Annual report of the Punjab Veterinary College and of the Civil Veterinary Department, Punjab - 1920-1925
Year: 1920
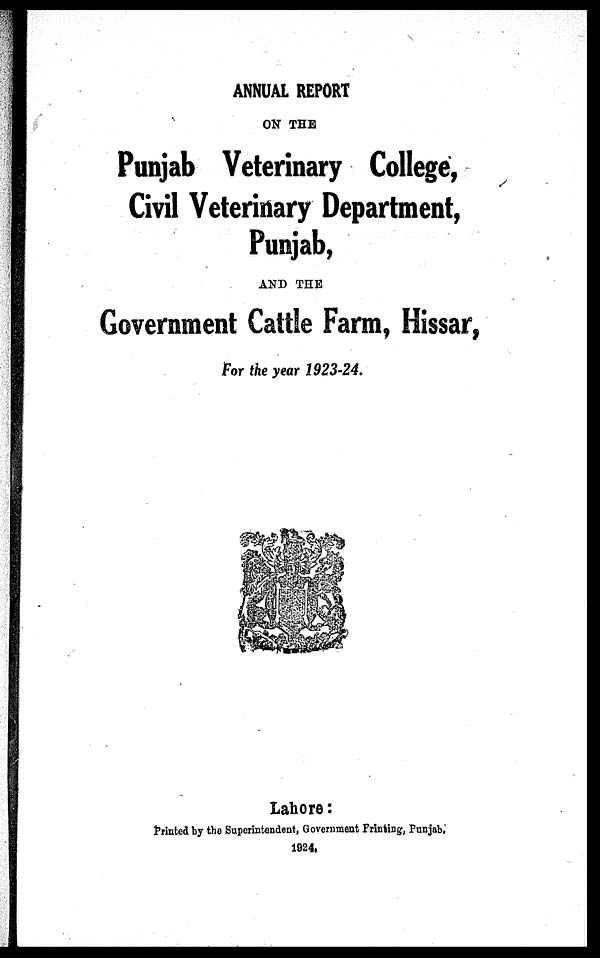
ANNUAL REPORT
ON THE
Punjab Veterinary College,
Civil Veterinary Department,
Punjab,
AND THE
Government Cattle Farm, Hissar,
For the year 1923-24.
Lahore:
Printed by the Superintendent, Government Printing, Punjab.
1924.